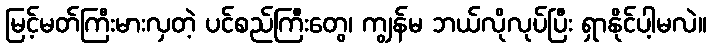
မြင့်မတ်ကြီးမားလှတဲ့ ပင်စည်ကြီးတွေ၊ ကျွန်မ ဘယ်လိုလုပ်ပြီး ရှာနိုင်ပါ့မလဲ။